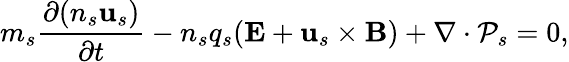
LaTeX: m_{s}\frac{\partial(n_{s}\mathbf{u}_{s})}{\partial t}-n_{s}q_{s}(\mathbf{E}+\mathbf{u}_{s}\times\mathbf{B})+\nabla\cdot\mathcal{P}_{s}=0,